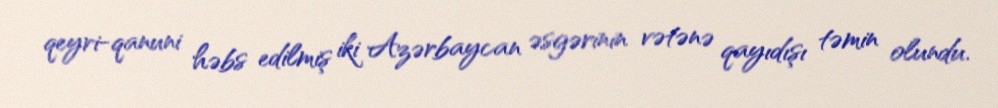
qeyri-qanuni həbs edilmiş iki Azərbaycan əsgərinin vətənə qayıdışı təmin olundu.